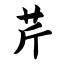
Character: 芹